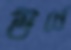
উর্ধে